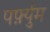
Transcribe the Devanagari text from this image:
पर्फ़्युम